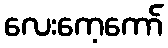
လေးကေ့ကော်